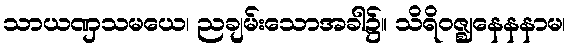
သာယဏှသမယေ၊ ညချမ်းသောအခါ၌။ သိရိဝဇ္ဈနေနနာမ၊